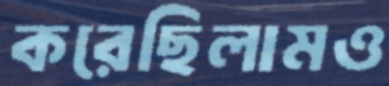
করেছিলামও